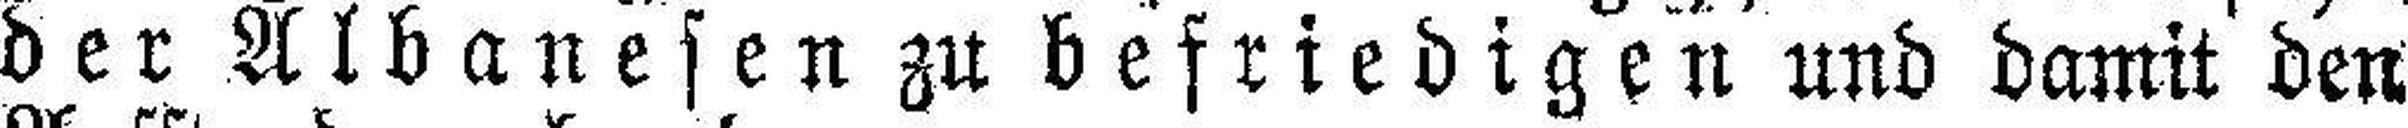
der Albanesen zu befriedigen und damit den